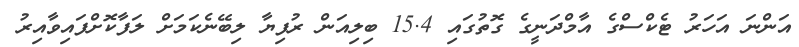
އަންނަ އަހަރު ޓެކްސްގެ އާމްދަނީގެ ގޮތުގައި 15.4 ބިލިއަން ރުފިޔާ ލިބޭނެކަމަށް ލަފާކޮށްފައިވާއިރު